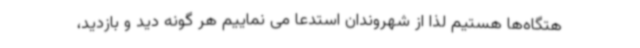
هتگاه‌ها هستیم لذا از شهروندان استدعا می نماییم هر گونه دید و بازدید،